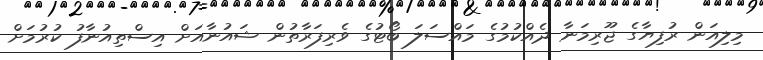
މިލިއަން ރުފިޔާގެ ޖޫރިމަނާ ދެއްކުމުގެ މައްސަލަ ބޯޓުގެ ވެރިފަރާތުން ޝައުނާއަށް އިސްތިއުނާފު ކުރުމަށް